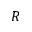
R